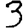
Digit: 3